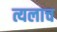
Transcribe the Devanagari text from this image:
त्यलाच